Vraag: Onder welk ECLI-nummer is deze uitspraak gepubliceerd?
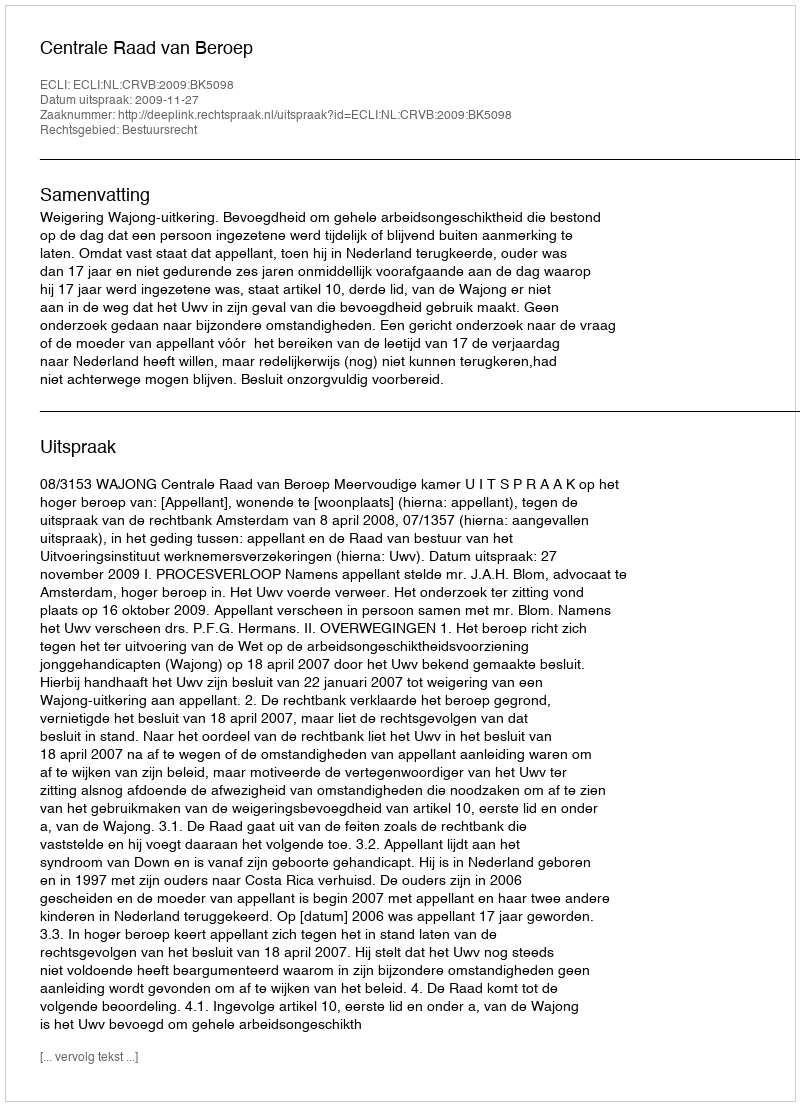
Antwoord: ECLI:NL:CRVB:2009:BK5098